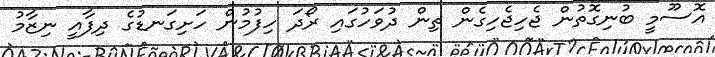
އޮސޫމީ ބުނިގޮތުން ޖެހިޖެހިގެން ތިން ދުވަހުގައި ރޯދަ ހިފުމުން ހަށިގަނޑުގެ ދިފާއީ ނިޒާމު